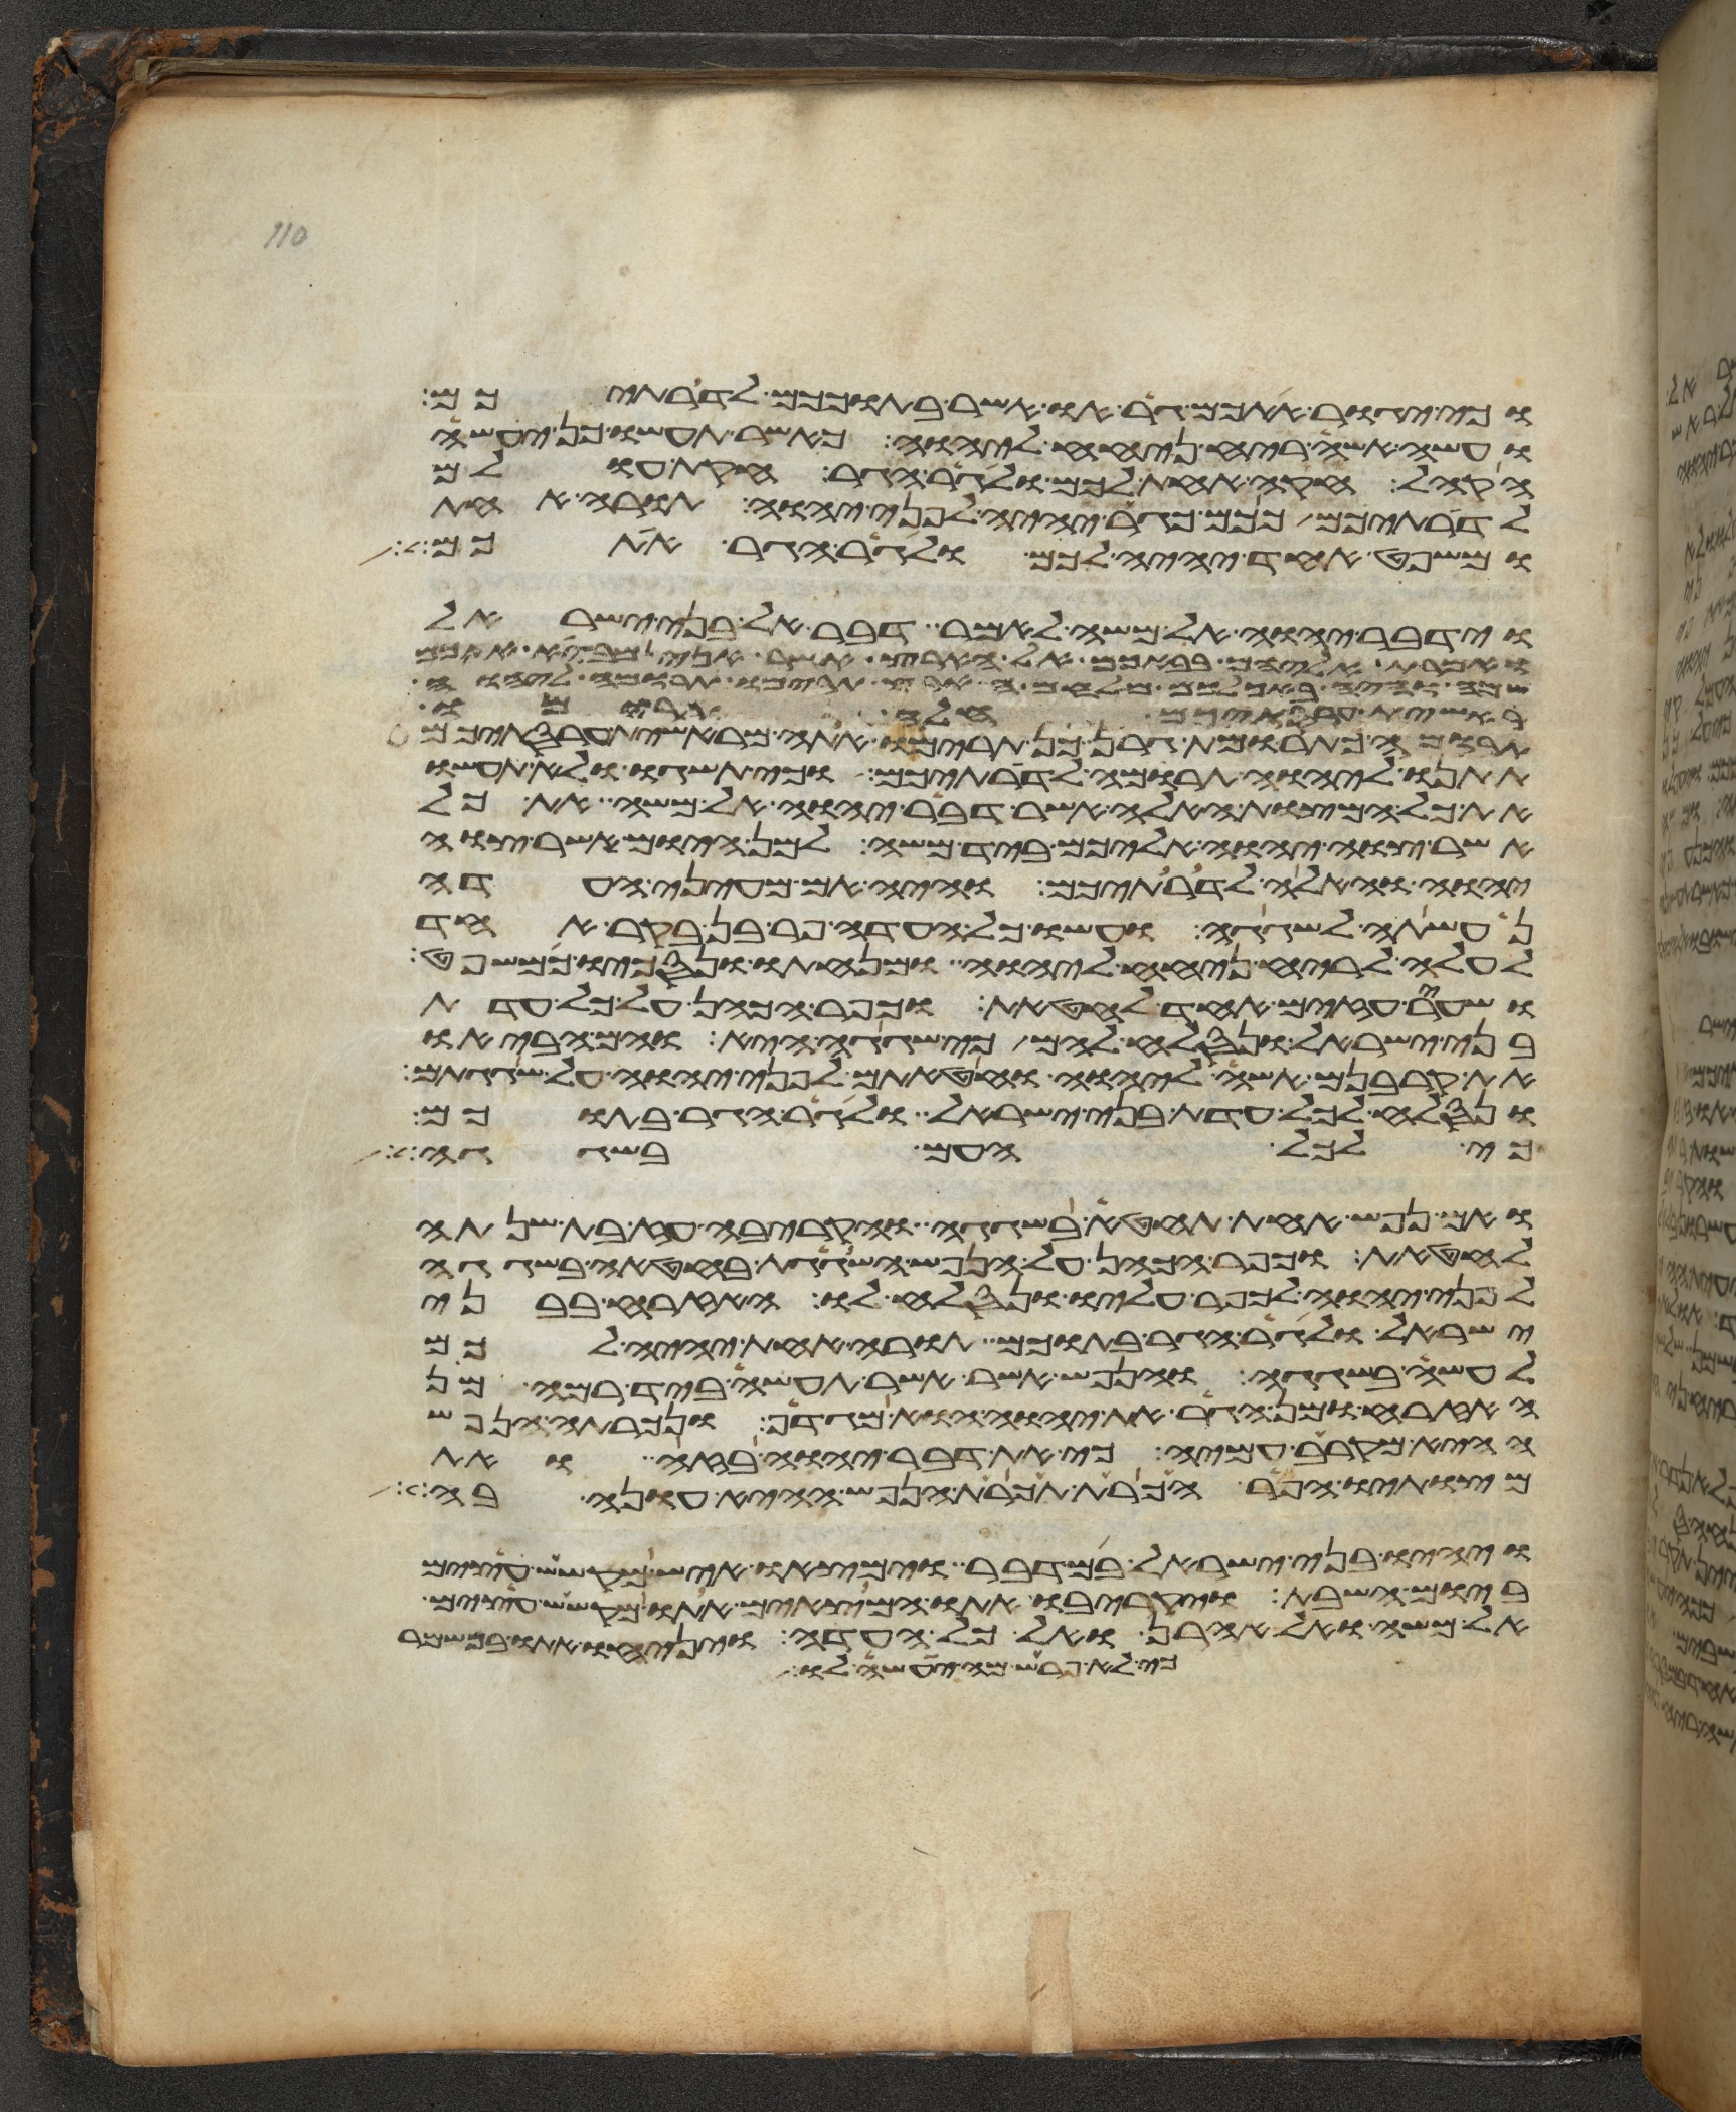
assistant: וכי יגור אתכם גר או אשר בתוככם לדרתיכם
ועשה אשה ריח ניחח ליהוה כאשר תעשו כן יעשה
הקהל חקה אחת לכם ולגר הגר חקת עולם
לדרתיכם ככם כגר יהיה לפני יהוה תורה אחת
ומשפט אחד יהיה לכם ולגר הגר אתכם
וידבר יהוה אל משה לאמר דבר אל בני ישראל
ואמרת אליהם בבאכם אל הארץ אשר אני מביא אתכם
שמה והיה באכלכם מלחם הארץ תרימו תרומה ליהוה
ראשית עריסתיכם חלה תרימו
תרומה כתרומת גרן כן תרימו אתה מראשית עריסתיכם
תתנו ליהוה תרומה לדרתיכם וכי תשגו ולא תעשו
את כל המצות האלה אשר דבר יהוה אל משה את כל
אשר צוה יהוה אליכם ביד משה למן היום אשר צוה
יהוה והלאה לדרתיכם והיה אם מעיני העדה
נעשתה לשגגה ועשו כל העדה פר בן בקר אחד
לעלה לריח ניחח ליהוה ומנחתו ונסכו כמשפט
ושעיר עזים אחד לחטאת וכפר הכהן על כל עדת
בני ישראל ונסלח להם כי שגגה היא והם הביאו
את קרבנם אשה ליהוה וחטאתם לפני יהוה על שגגתם
ונסלח לכל עדת בני ישראל ולגר הגר בתוכם
כי לכל העם בשגגה
ואם נפש אחת תחטא בשגגה והקריבה עז בת שנתה
לחטאת וכפר הכהן על הנפש השגגת בחטאה בשגגה
לפני יהוה לכפר עליו ונסלח לו האזרח בבני
ישראל ולגר הגר בתוכם תורה אחת יהיה לכם
לעשה בשגגה והנפש אשר תעשה ביד רמה מן
האזרח ומן הגר את יהוה הוא מגדף ונכרתה הנפש
ההיא מקרב עמיה כי את דבר יהוה בזה ואת
מצותיו הפר הכרת תכרת הנפש ההיא עונה בה
ויהיו בני ישראל במדבר וימצאו איש מקשש עצים
ביום השבת ויקריבו אתו המצאים אתו מקשש עצים
אל משה ואל אהרן ואל כל העדה ויניחו אתו במשמר
כי לא פרש מה יעשה לו